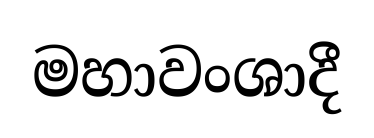
මහාවංශාදී